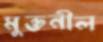
মুক্তনীল